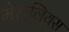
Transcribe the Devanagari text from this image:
मेरूलियस